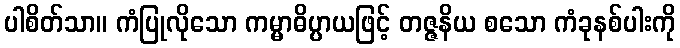
ပါစိတ်သာ။ ကံပြုလိုသော ကမ္မာဓိပ္ပာယဖြင့် တဇ္ဇနိယ စသော ကံခုနစ်ပါးကို